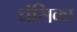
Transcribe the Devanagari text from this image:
धंसिका